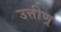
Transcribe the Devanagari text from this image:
उत्तीण्र